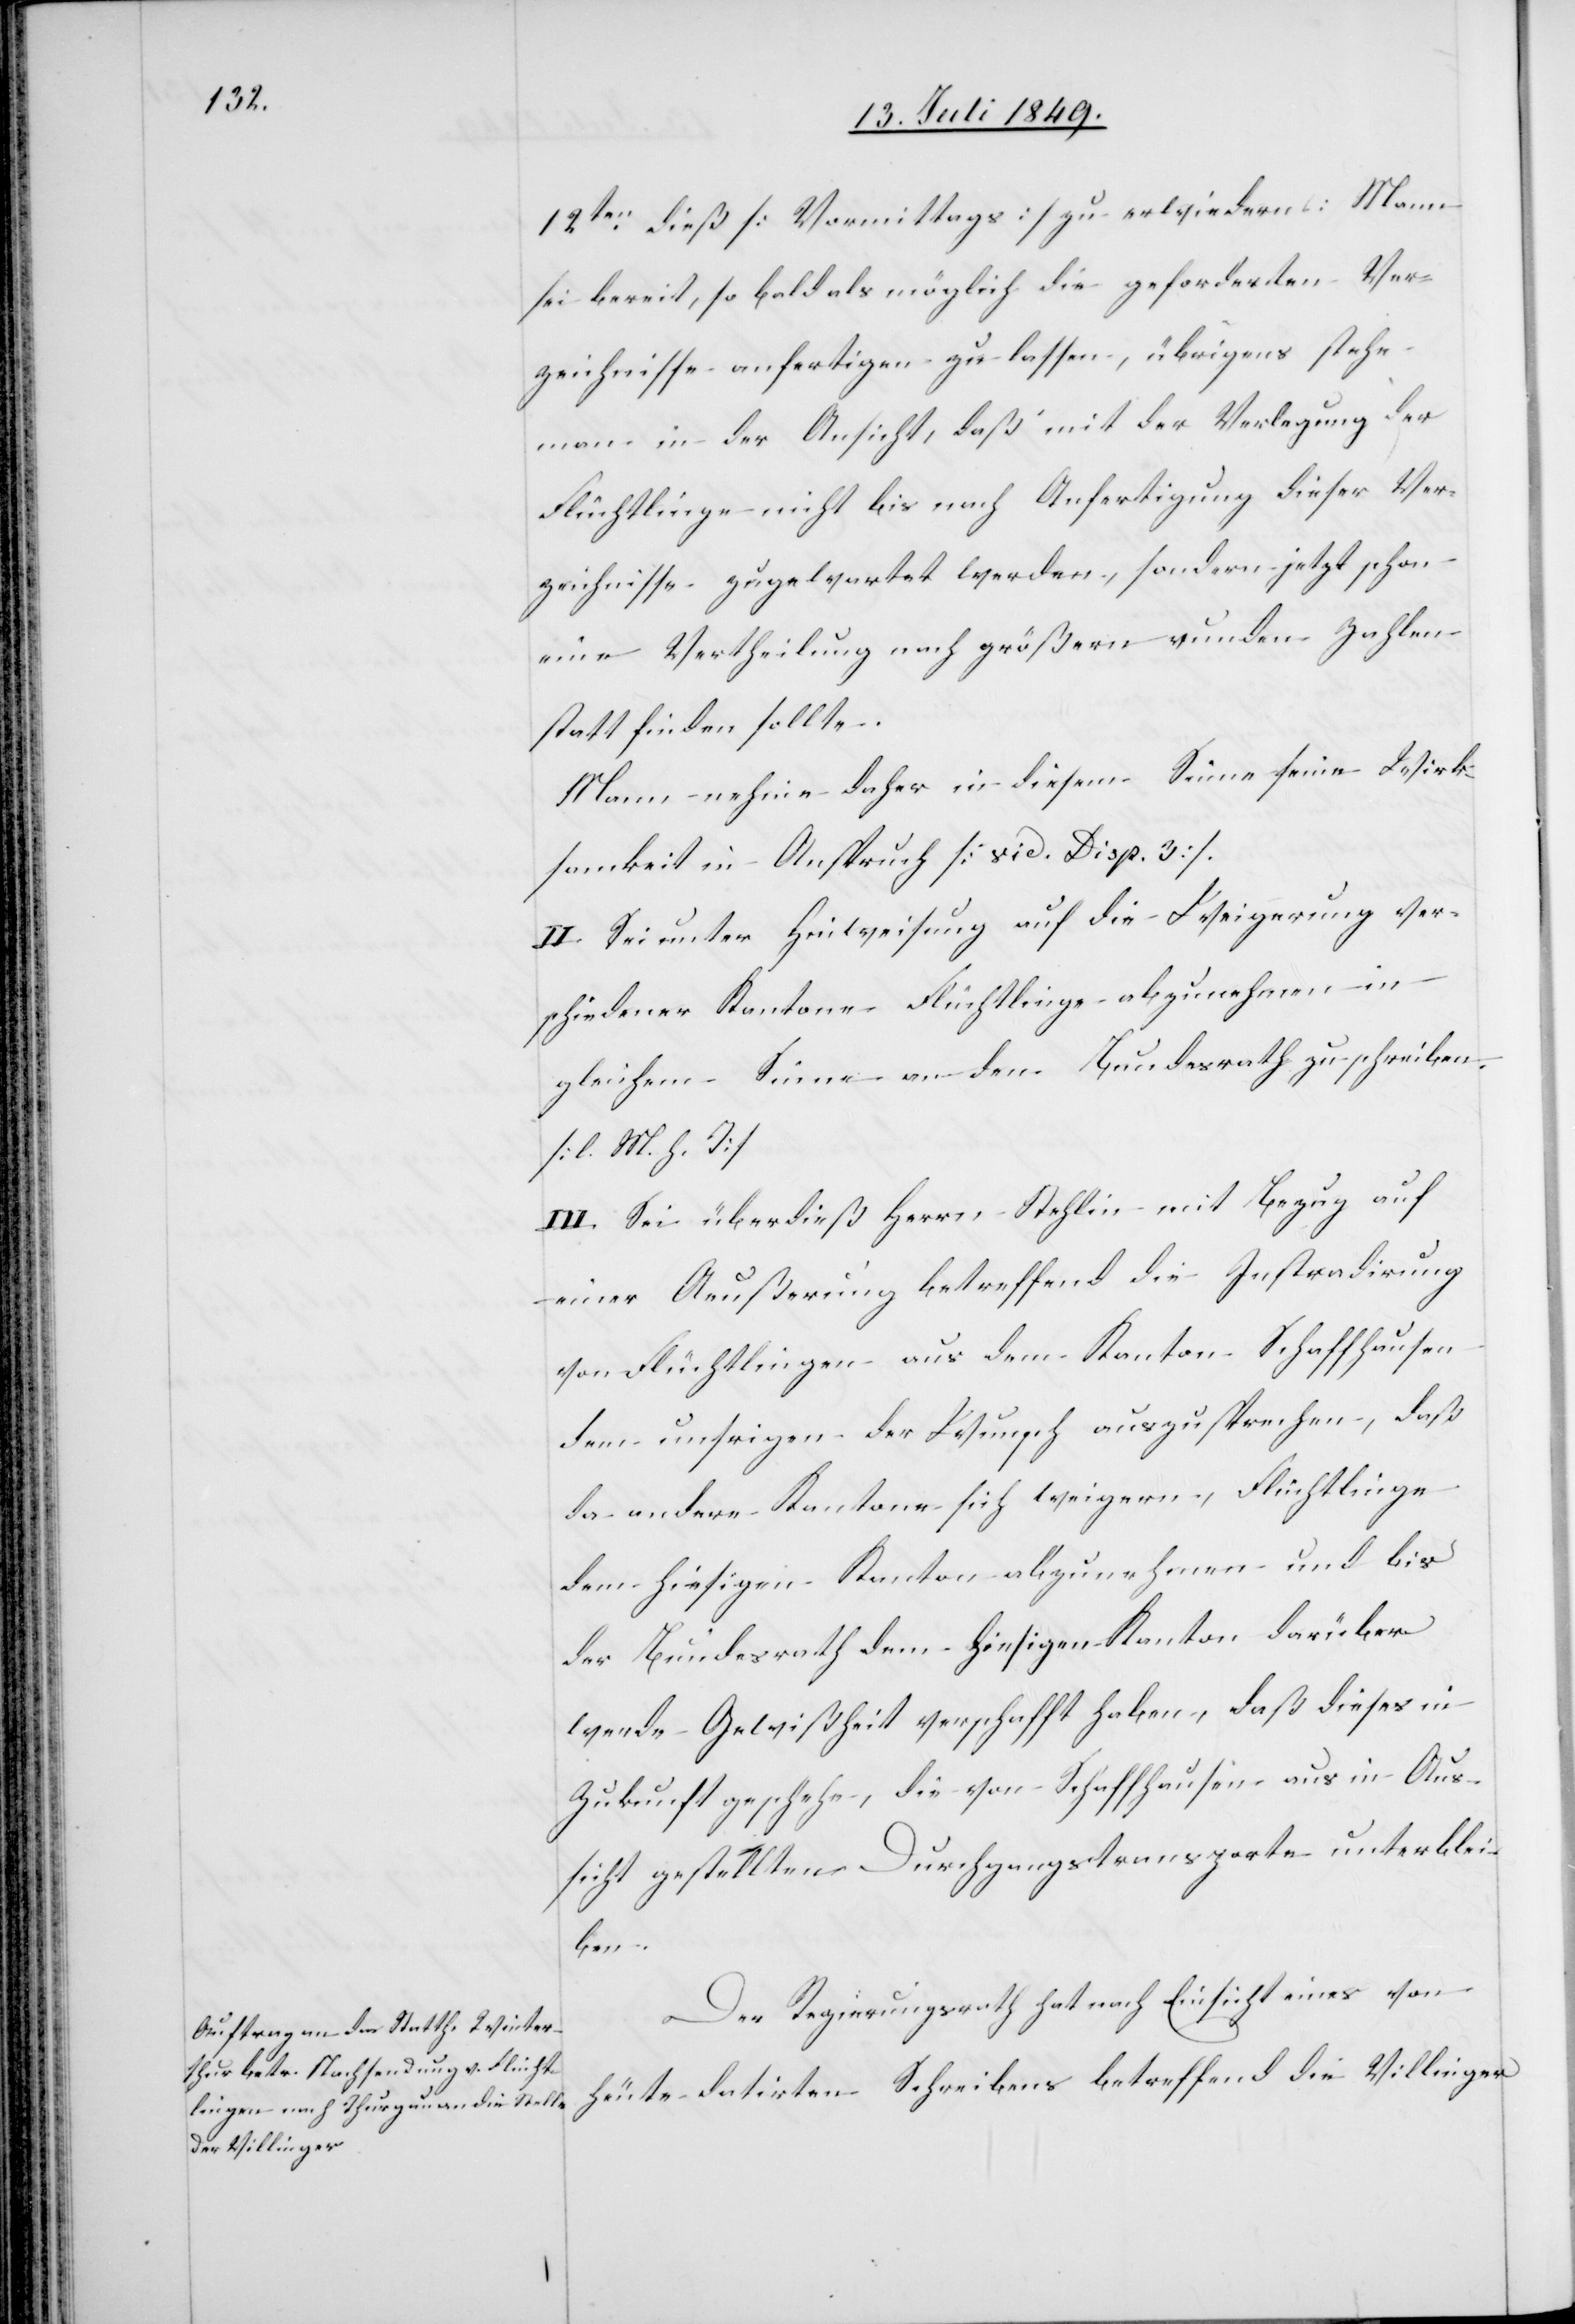
12ten dieß [Vormittags] zu erwiedern: Mann
sei bereit, so bald als möglich zu lassen, übr¬
man in der Ansicht, daß mit der Verlegung der
Flüchtlinge nicht bis nach Anfertigung dieser Ver¬
zeichnisse zugewartet werden, sondern jetzt schon
eine Vertheilung nach größern runden Zahlen
statt finden sollte.
Mann nehme daher in diesem Sinne seine Wirk¬
samkeit in Anspruch [vid. Disp. 3]
II. Sei unter Hinweisung auf die Weigerung ver¬
schiedener Kantone Flüchtlinge abzunehmen in
gleichem Sinne an den Bundesrath zu schreiben.
[l. M. h. T]
III. Sei überdieß Herrn Stehlin mit Bezug auf
einer Aeußerung betreffend die Instradirung
von Flüchtlingen aus dem Kanton Schaffhausen
dem unsrigen der Wunsch auszusprechen, daß
da andere Kantone sich weigern, Flüchtlinge
dem hiesigen Kanton abzunehmen und bis
der Bundesrath dem hiesigen Kanton darüber
werde Gewißheit verschafft haben, daß dieses in
Zukunft geschehe, die von Schaffhausen aus in Aus¬
sicht gestellten Durchgangstransporte unterblei¬
ben.
Der Regierungsrath hat nach Einsicht eines von
heute datirten Schreibens betreffend die Villinger